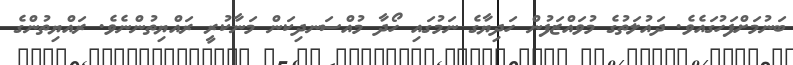
ބަނުމަށްފަހުގައެވެ. ދައުލަތުގެ މުވައްޒަފުން ހަދިޔާގެ ނަމުގައި ހޯދާ މުއްސަނދިކަން މަނާކުރީ ރައްޔިތުންނެވެ. ރައްޔިތުންގެ